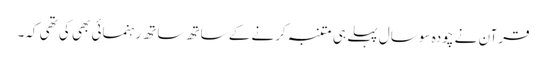
قرآن نے چودہ سو سال پہلے ہی متنبہ کرنے کے ساتھ ساتھ رہنمائی بھی کی تھی کہ۔